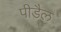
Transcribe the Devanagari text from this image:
पीडैल